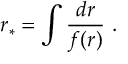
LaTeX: r _ { \ast } = \int \frac { d r } { f ( r ) } \ .